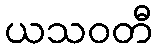
ယသဝတီ